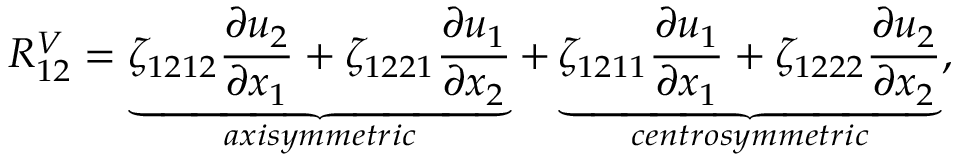
R _ { 1 2 } ^ { V } = \underbrace { \zeta _ { 1 2 1 2 } \frac { \partial u _ { 2 } } { \partial x _ { 1 } } + \zeta _ { 1 2 2 1 } \frac { \partial u _ { 1 } } { \partial x _ { 2 } } } _ { a x i s y m m e t r i c } + \underbrace { \zeta _ { 1 2 1 1 } \frac { \partial u _ { 1 } } { \partial x _ { 1 } } + \zeta _ { 1 2 2 2 } \frac { \partial u _ { 2 } } { \partial x _ { 2 } } } _ { c e n t r o s y m m e t r i c } ,